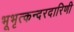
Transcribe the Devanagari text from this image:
भूभृत्कन्दरदारिणी